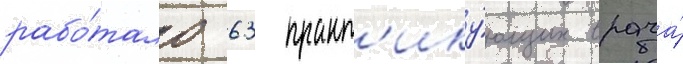
рабо́тало 63 практ'ику́ющих врача́